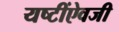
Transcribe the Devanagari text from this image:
यष्टींऐवजी